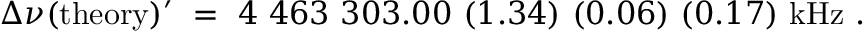
\Delta \nu ( \mathrm { t h e o r y } ) ^ { \prime } ~ = ~ 4 ~ 4 6 3 ~ 3 0 3 . 0 0 ~ ( 1 . 3 4 ) ~ ( 0 . 0 6 ) ~ ( 0 . 1 7 ) ~ \mathrm { k H z } ~ .